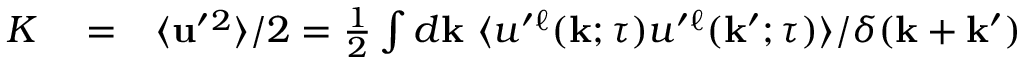
\begin{array} { r l r } { K } & { { } = } & { \langle { { \bf { u } } ^ { \prime } { } ^ { 2 } } \rangle / 2 = \frac { 1 } { 2 } \int d { \bf { k } } \ \langle { u ^ { \prime } { } ^ { \ell } ( { \bf { k } } ; \tau ) u ^ { \prime } { } ^ { \ell } ( { \bf { k } } ^ { \prime } ; \tau ) } \rangle / \delta ( { \bf { k } } + { \bf { k } } ^ { \prime } ) } \end{array}